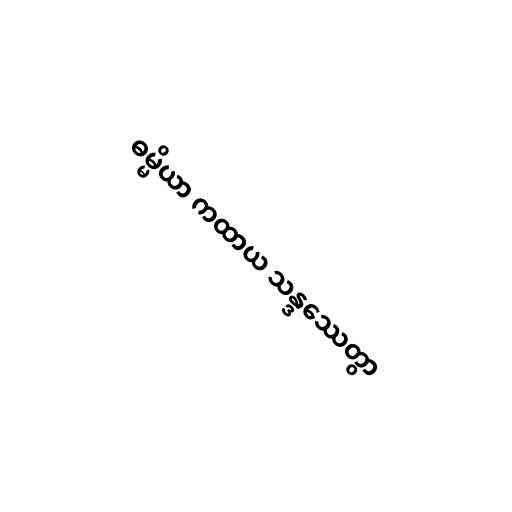
ဓမ္မိယာ ကထာယ သန္ဒဿေတွာ